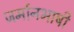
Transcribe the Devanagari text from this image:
जर्मानभाषी